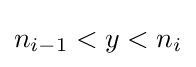
n_{i-1}<y<n_{i}